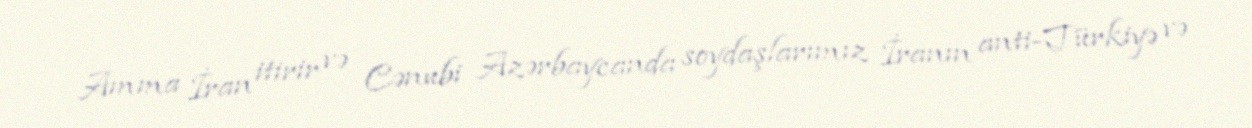
Amma İran itirir və Cənubi Azərbaycanda soydaşlarımız İranın anti-Türkiyə və